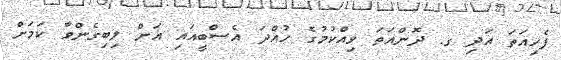
ފެހިއަތަ އަދި ގ. ދޮންއަތަ ވިއްކުމުގެ ހުއްދަ އެސްބީއައި އަށް ލިބިގެންވާ ކަމަށް